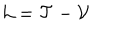
LaTeX: { \cal L } = { \cal T } - { \cal V }